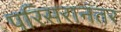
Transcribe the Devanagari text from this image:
परिसरानंतर